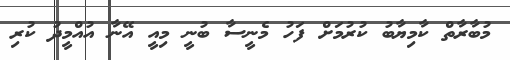
މުބާރާތް ކާމިޔާބު ކުރުމަށް ފަހު މެނީސާ ބުނީ މިއީ އޭނާ އުއްމީދު ކުރި